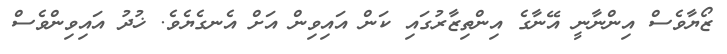
ޒޯޔާވެސް އިންނާނީ އޭނާގެ އިންތިޒާރުގައި ކަން އައިވިން އަށް އެނގެޔެވެ. ޚުދު އައިވިންވެސް